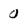
Character: 0